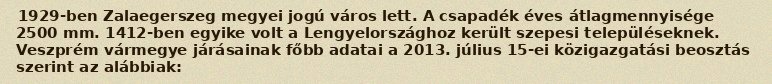
1929-ben Zalaegerszeg megyei jogú város lett. A csapadék éves átlagmennyisége 2500 mm. 1412-ben egyike volt a Lengyelországhoz került szepesi településeknek. Veszprém vármegye járásainak főbb adatai a 2013. július 15-ei közigazgatási beosztás szerint az alábbiak: